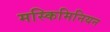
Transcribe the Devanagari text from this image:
मस्किमिनियन